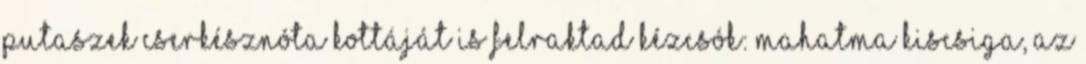
putaszek cserkésznóta kottáját is felraktad Kézcsók: Mahatma Kiscsiga, az